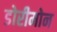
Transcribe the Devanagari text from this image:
डोरीमोन